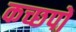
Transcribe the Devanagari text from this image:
कच्छपों